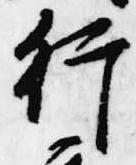
行